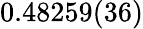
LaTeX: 0.48259(36)